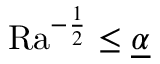
\mathrm { { R a } } ^ { - \frac { 1 } { 2 } } \leq \underline { { \alpha } }